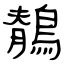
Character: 鶺